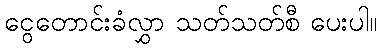
ငွေတောင်းခံလွှာ သတ်သတ်စီ ပေးပါ။